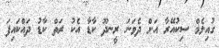
ގުއިލެމް ސިކުއޭރާ އަށް ދެވަނަ ރީނދޫ ކާޑާ އެކު ރަތް ކާޑު ދައްކައިފަ